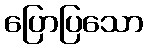
ပြောပြသော